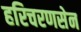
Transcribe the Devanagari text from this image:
हरिचरणसेन